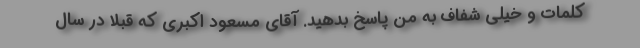
کلمات و خیلی شفاف به من پاسخ بدهید. آقای مسعود اکبری که قبلا در سال